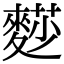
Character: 𪍋